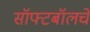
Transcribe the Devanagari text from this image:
सॉफ्टबॉलचे